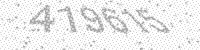
Solution: 419615